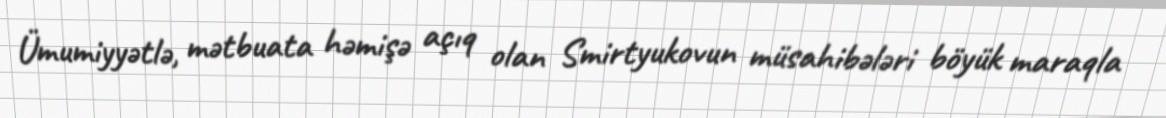
Ümumiyyətlə, mətbuata həmişə açıq olan Smirtyukovun müsahibələri böyük maraqla